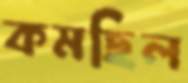
কমছিল